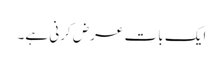
ایک بات عرض کرنی ہے۔